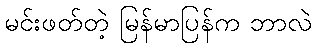
မင်းဖတ်တဲ့ မြန်မာပြန်က ဘာလဲ